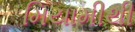
મિયામીથી